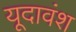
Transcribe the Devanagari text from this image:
यूदावंश